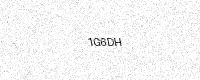
Text: 1G6DH